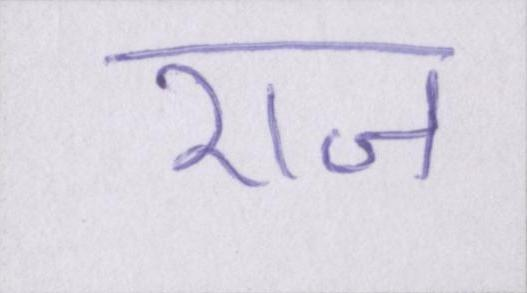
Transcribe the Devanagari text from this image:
राज